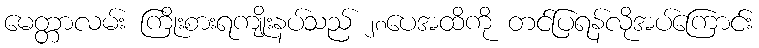
မေတ္တာလမ်း ကြိုးစားရကျိုးနပ်သည် ၂၈ပေအထိကို တင်ပြရန်လိုအပ်ကြောင်း